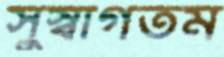
সুস্বাগতম